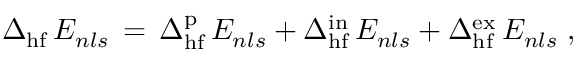
\Delta _ { \mathrm { h f } } \, E _ { n l s } \, = \, \Delta _ { \mathrm { h f } } ^ { \mathrm { p } } \, E _ { n l s } + \Delta _ { \mathrm { h f } } ^ { \mathrm { i n } } \, E _ { n l s } + \Delta _ { \mathrm { h f } } ^ { \mathrm { e x } } \, E _ { n l s } \; ,